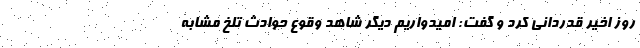
روز اخیر قدردانی کرد و گفت: امیدواریم دیگر شاهد وقوع حوادث تلخ مشابه